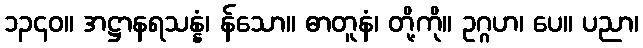
၁၃၄၀။ အဋ္ဌာနရသန္နံ၊ န်သော။ ဓာတူနံ၊ တို့ကို။ ဥဂ္ဂဟ၊ ပေ။ ပညာ၊